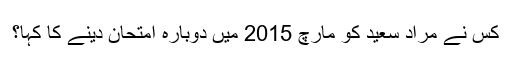
کس نے مراد سعید کو مارچ 2015 میں دوبارہ امتحان دینے کا کہا؟